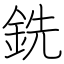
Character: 銑